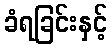
ခံရခြင်းနှင့်